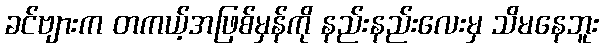
ခင်ဗျားက တကယ့်အဖြစ်မှန်ကို နည်းနည်းလေးမှ သိမနေဘူး